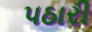
પઠારી